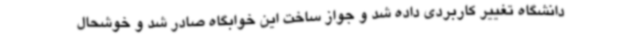
دانشگاه تغییر کاربردی داده شد و جواز ساخت این خوابگاه صادر شد و خوشحال